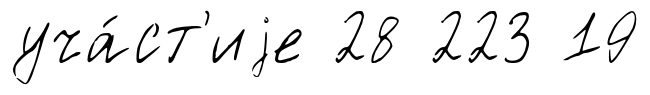
уча́ст'иjе 28 223 19